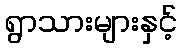
ရွာသားများနှင့်